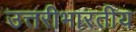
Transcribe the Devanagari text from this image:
उत्तरीभारतीय